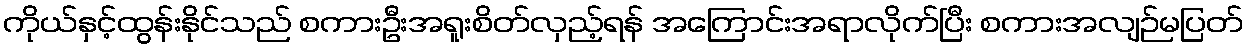
ကိုယ်နှင့်ထွန်းနိုင်သည် စကားဦးအရူးစိတ်လှည့်ရန် အကြောင်းအရာလိုက်ပြီး စကားအလျဉ်မပြတ်